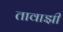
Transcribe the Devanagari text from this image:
तावाझी